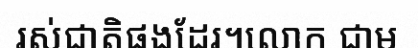
រស់ជាតិផងដែរ។លោក ជាម